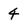
Character: 4